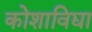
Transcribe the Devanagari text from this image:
कोशाविद्या